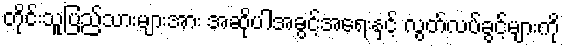
တိုင်းသူပြည်သားများအား အဆိုပါအခွင့်အရေးနှင့် လွတ်လပ်ခွင့်များကို